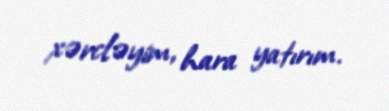
xərcləyim, hara yatırım.